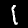
Digit: 1